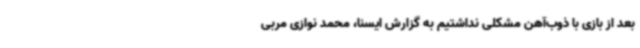
بعد از بازی با ذوب‌آهن مشکلی نداشتیم به گزارش ایسنا، محمد نوازی مربی